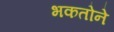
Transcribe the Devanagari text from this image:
भकतोने